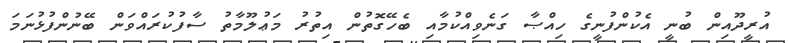
އުރީދޫއިން ބުނީ އެކުންފުނީގެ ހިއްޞާ ގަނެވިއްކުމާއި ބެހޭގޮތުން އިތުރު މަޢުލޫމާތު ސާފުކުރައްވަން ބޭނުންފުޅުނަމަ